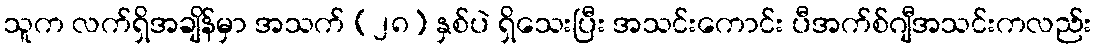
သူက လက်ရှိအချိန်မှာ အသက် (၂၈) နှစ်ပဲ ရှိသေးပြီး အသင်းကောင်း ပီအက်စ်ဂျီအသင်းကလည်း